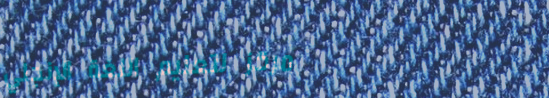
مركز لتعليم اللغة الإنجلي